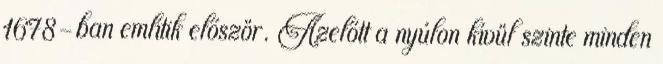
1678-ban említik először. Azelőtt a nyúlon kívül szinte minden